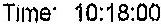
TIME: 10:18:00